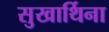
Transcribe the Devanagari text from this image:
सुखार्थिना